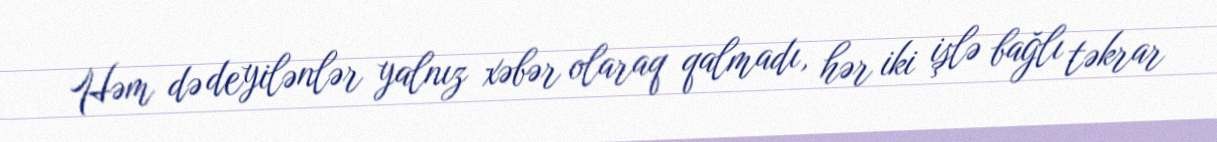
Həm də deyilənlər yalnız xəbər olaraq qalmadı, hər iki işlə bağlı təkrar